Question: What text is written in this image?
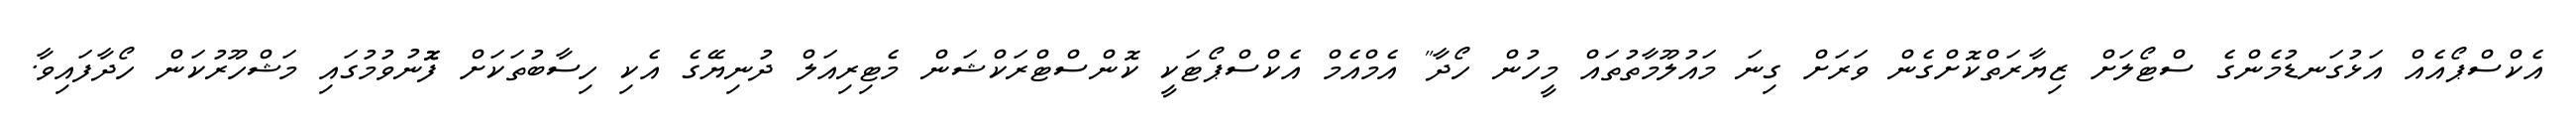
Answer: އެކްސްޕޯއެއް އަޅުގަނޑުމެންގެ ސްޓޯލަށް ޒިޔާރަތްކޮށްގެން ވަރަށް ގިނަ މައުލޫމާތުތައް މީހުން ހޯދާ" އެމްއެމް އެކްސްޕޯޓަކީ ކޮންސްޓްރަކްޝަން މެޓިރިއަލް ދުނިޔޭގެ އެކި ހިސާބުތަކަށް ފޮޮނުވުމުގައި މަޝްހޫރުކަން ހޯދާފައިވާ.